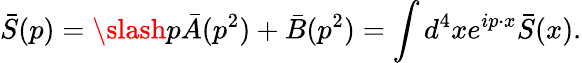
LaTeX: \bar{S}(p)=\slash p\bar{A}(p^{2})+\bar{B}(p^{2})=\int d^{4}xe^{ip\cdot x}\bar{S}(x).